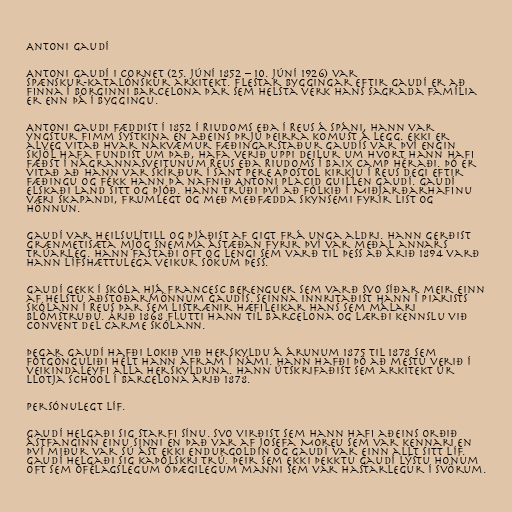
Antoni Gaudí

Antoni Gaudí i Cornet (25. júní 1852 – 10. júní 1926) var
spænskur-katalónskur arkitekt. Flestar byggingar eftir Gaudí er að
finna í borginni Barcelona þar sem helsta verk hans Sagrada Família
er enn þá í byggingu.

Antoni Gaudi fæddist í 1852 í Riudoms eða í Reus á Spáni, hann var
yngstur fimm systkina en aðeins þrjú þeirra komust á legg. Ekki er
alveg vitað hvar nákvæmur fæðingarstaður Gaudís var því engin
skjöl hafa fundist um það, hafa verið uppi deilur um hvort hann hafi
fæðst í nágrannasveitunum Reus eða Riudoms í Baix Camp héraði. Þó er
vitað að hann var skírður í Sant Pere Apostol kirkju í Reus degi eftir
fæðingu og fékk hann þá nafnið Antoni Placid Guillen Gaudí. Gaudí
elskaði land sitt og þjóð. Hann trúði því að fólkið í Miðjarðarhafinu
væri skapandi, frumlegt og með meðfædda skynsemi fyrir list og
hönnun.

Gaudí var heilsulítill og þjáðist af gigt frá unga aldri. Hann gerðist
grænmetisæta mjög snemma ástæðan fyrir því var meðal annars
trúarleg. Hann fastaði oft og lengi sem varð til þess að árið 1894 varð
hann lífshættulega veikur sökum þess.

Gaudí gekk í skóla hjá Francesc Berenguer sem varð svo síðar meir einn
af helstu aðstoðarmönnum Gaudís. Seinna innritaðist hann í Piarists
skólann í Reus þar sem listrænir hæfileikar hans sem málari
blómstruðu. Árið 1868 flutti hann til Barcelona og lærði kennslu við
Convent del Carme skólann.

Þegar Gaudí hafði lokið við herskyldu á árunum 1875 til 1878 sem
fótgönguliði hélt hann áfram í námi. Hann hafði þó að mestu verið í
veikindaleyfi alla herskylduna. Hann útskrifaðist sem arkitekt úr
Llotja School í Barcelona árið 1878.

Persónulegt líf.

Gaudí helgaði sig starfi sínu. Svo virðist sem hann hafi aðeins orðið
ástfanginn einu sinni en það var af Josefa Moreu sem var kennari en
því miður var sú ást ekki endurgoldin og Gaudí var einn allt sitt líf.
Gaudí helgaði sig kaþólskri trú. Þeir sem ekki þekktu Gaudí lýstu honum
oft sem ófélagslegum óþægilegum manni sem var hastarlegur í svörum.